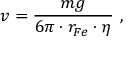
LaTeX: v = \frac { m g } { 6 \pi \cdot r _ { F e } \cdot \eta } ~ ,